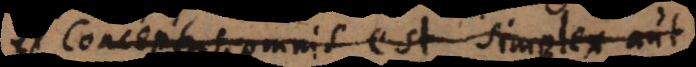
Conceptus omnis est simplex aut